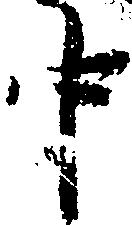
中